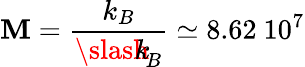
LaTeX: \mathbf{M}=\frac{{k_{B}}}{{{\slash\! \! \! k}_{\! {B}}}}\simeq8.62\ 10^{7}